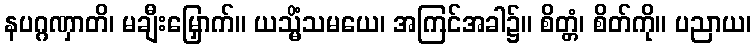
နပဂ္ဂဏှာတိ၊ မချီးမြှောက်။ ယသ္မိံသမယေ၊ အကြင်အခါ၌။ စိတ္တံ၊ စိတ်ကို။ ပညာယ၊